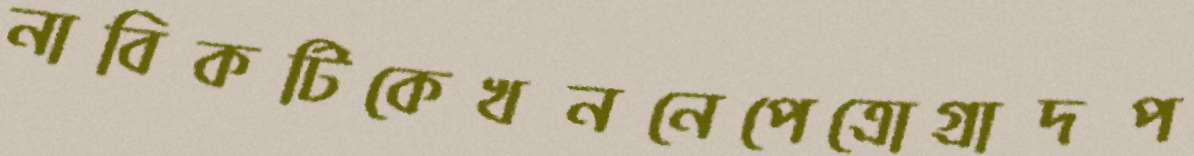
নাবিকটিকেখননেপেত্রোগ্রাদপ